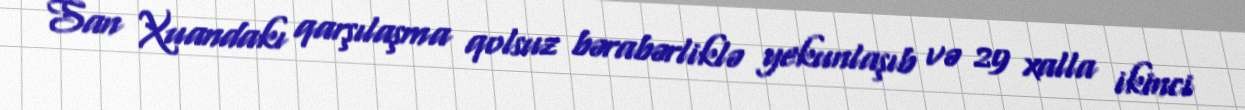
San Xuandakı qarşılaşma qolsuz bərabərliklə yekunlaşıb və 29 xalla ikinci